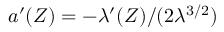
{ a } ^ { \prime } ( Z ) = - { \lambda ^ { \prime } ( Z ) } / { ( 2 \lambda ^ { 3 / 2 } ) }